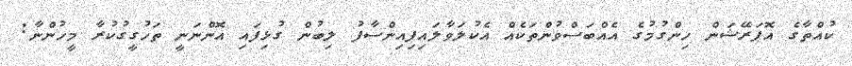
ކުއްތާގެ އޮޕަރޭޝަން ހިންގުމުގެ އެއްބަސްވުންތަކެއް އެކުލަވާލައިފިއިންސާފު ލިބުން ގުޅިފައި އޮންނަނީ ތަހުގީގުކުރާ މީހުންނާ: